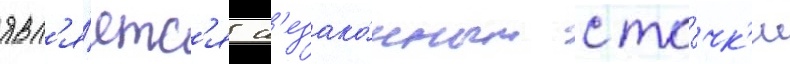
явл'я́етс'я н'езако́нным с то́чк'и